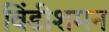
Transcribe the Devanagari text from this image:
विंडीशमन